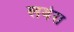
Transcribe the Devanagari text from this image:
लवेरा